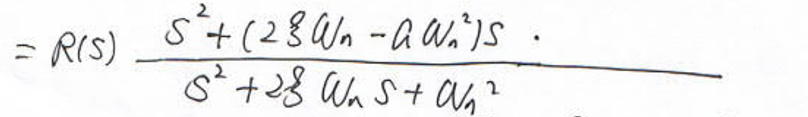
\[
= R(s)\frac{s^{2}+(2\zeta\omega_{n}-\alpha\omega_{n}^{2})s}{s^{2}+2\zeta\omega_{n}s+\omega_{n}^{2}}
\]